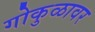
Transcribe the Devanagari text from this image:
गोकुळावर